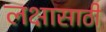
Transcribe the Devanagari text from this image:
लक्षासाठी